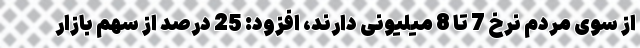
از سوی مردم نرخ 7 تا 8 میلیونی دارند، افزود: 25 درصد از سهم بازار